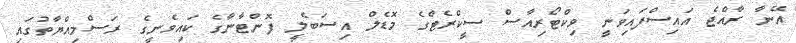
އޭނާ ރާއްޖެ އައިސްފައިވަނީ ވިކްޓޯރިއާސް ސީކްރެޓްގެ މޮޑެލް އިސަބެލީ ފޮންޓާނާގެ ކައިވެނީގެ ރަސްމިއްޔާތުގައި